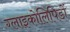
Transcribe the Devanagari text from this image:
ग्लाइकोलिपिडों